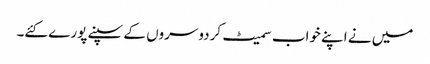
میں نے اپنے خواب سمیٹ کردوسروں کے سپنے پورے کئے۔